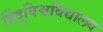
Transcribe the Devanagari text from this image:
हिंदूविश्वविद्यालय